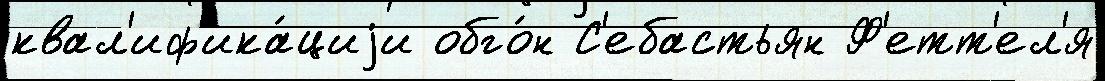
квал'иф'ика́циjи обго́н С'ебастьян Ф'етт'ел'я